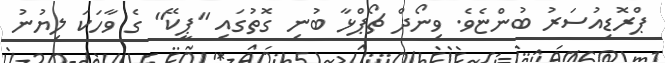
ޕްރޮޑިއުސަރު ބުންޏެވެ. ވިނޯދް ޗޯޕްޅާ ބުނި ގޮތުގައި "ޕީކޭ" ގެ ވާހަކަ ލިޔުނު